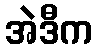
အဲဒီက